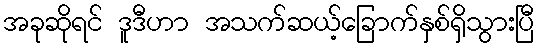
အခုဆိုရင် ဒူဒီဟာ အသက်ဆယ့်ခြောက်နှစ်ရှိသွားပြီ